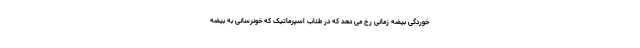
خوردگی بیضه زمانی رخ می دهد که در طناب اسپرماتیک که خونرسانی به بیضه